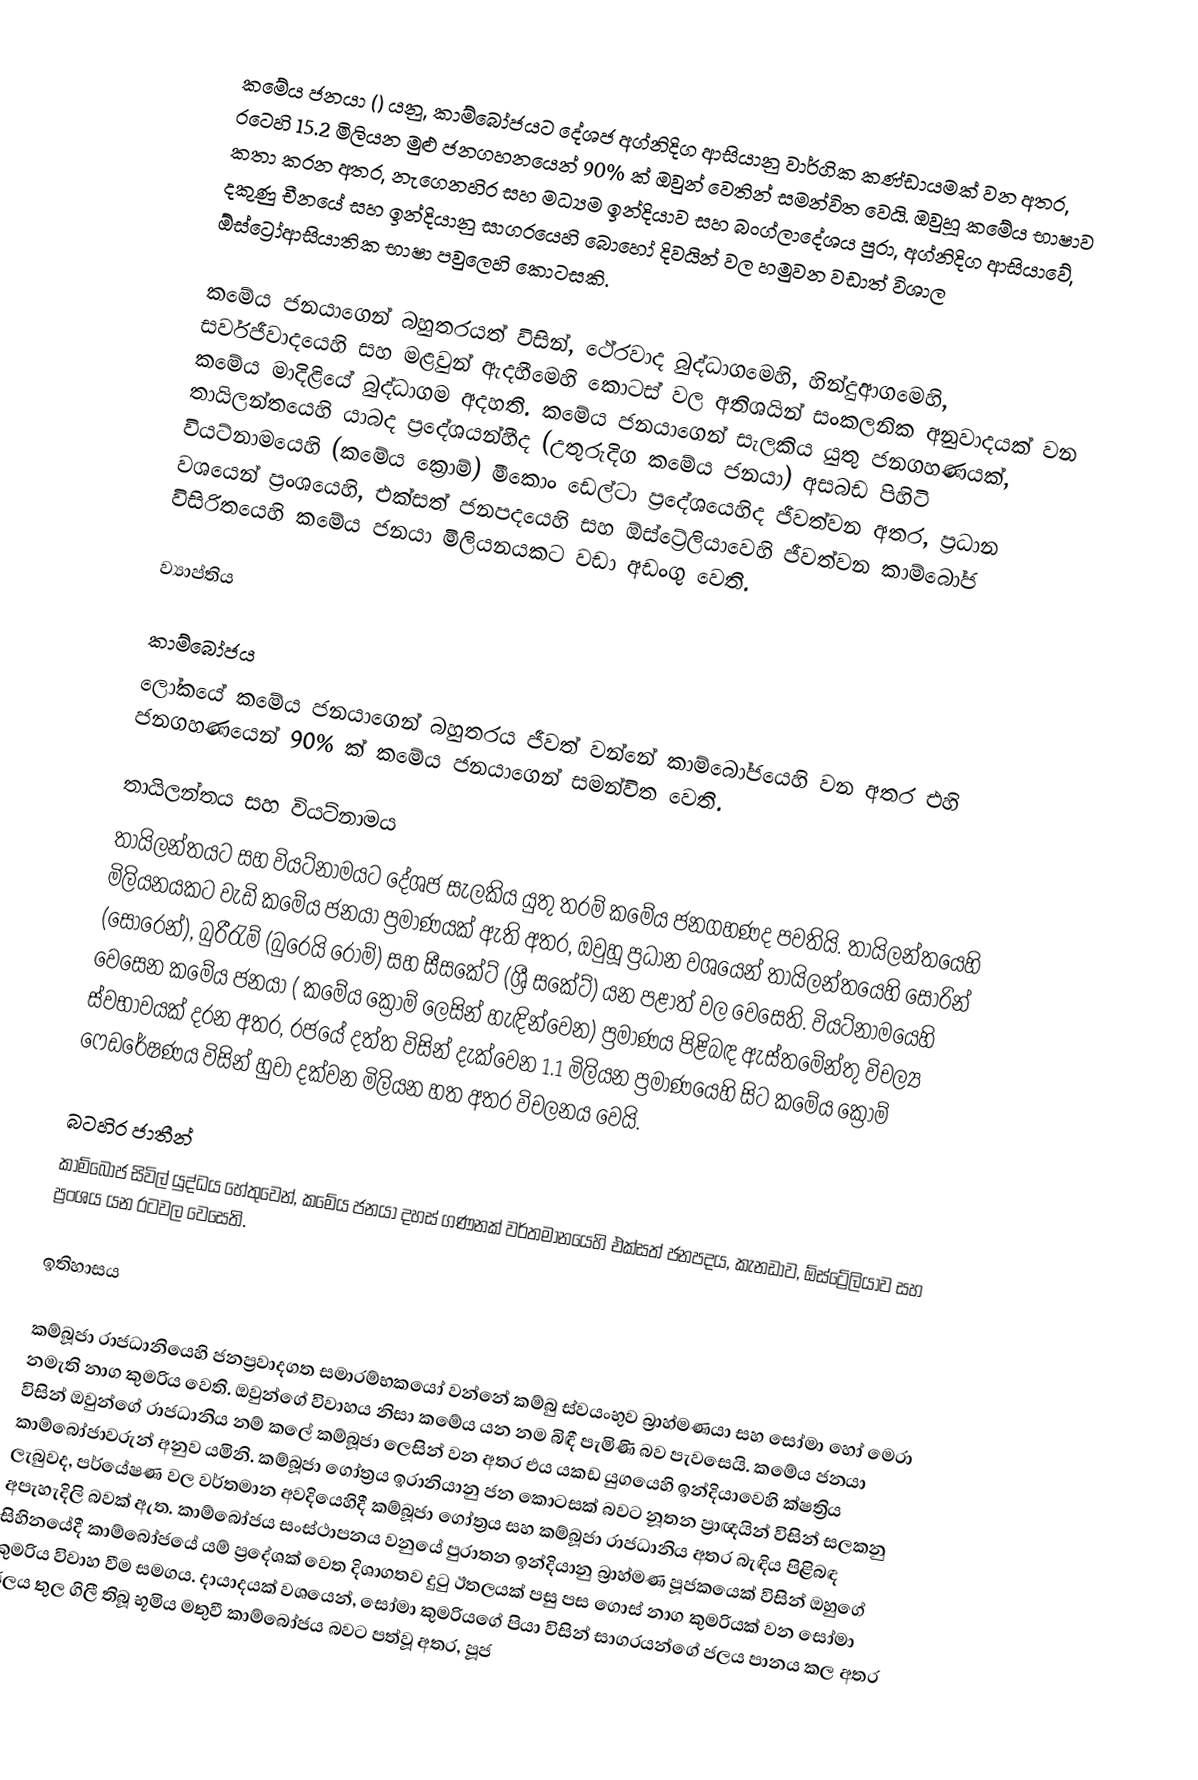
කමේය ජනයා () යනු,  කාම්බෝජයට දේශජ අග්නිදිග ආසියානු  වාර්ගික කණ්ඩායමක් වන අතර, රටෙහි 15.2 මිලියන  මුළු ජනගහනයෙන්  90% ක් ඔවුන් වෙතින් සමන්විත වෙයි. ඔවුහූ  කමේය භාෂාව කතා කරන අතර, නැගෙනහිර සහ මධ්‍යම ඉන්දියාව සහ බංග්ලාදේශය පුරා, අග්නිදිග ආසියාවේ, දකුණු චීනයේ සහ ඉන්දියානු සාගරයෙහි බොහෝ දිවයින්  වල හමුවන වඩාත් විශාල  ඕස්ට්‍රෝආසියාතික භාෂා පවුලෙහි කොටසකි.

කමේය ජනයාගෙන් බහුතරයත් විසින්, ථේරවාද බුද්ධාගමෙහි, හින්දුආගමෙහි, සර්වජීවාදයෙහි සහ මළවුන් ඇදහීමෙහි කොටස් වල අතිශයින් සංකලනික අනුවාදයක් වන කමේය මාදිළියේ බුද්ධාගම අදහති. කමේය ජනයාගෙන් සැලකිය යුතු ජනගහණයක්,  තායිලන්තයෙහි යාබද ප්‍රදේශයන්හීද (උතුරුදිග කමේය ජනයා) අසබඩ පිහිටි වියට්නාමයෙහි (කමේය ක්‍රොම්) මීකොං ඩෙල්ටා ප්‍රදේශයෙහිද  ජීවත්වන අතර, ප්‍රධාන වශයෙන්   ප්‍රංශයෙහි, එක්සත් ජනපදයෙහි සහ ඕස්ට්‍රේලියාවෙහි ජීවත්වන කාම්බෝජ විසිරිතයෙහි කමේය ජනයා මිලියනයකට වඩා අඩංගු වෙති.

ව්‍යාප්තිය

කාම්බෝජය
ලෝකයේ කමේය ජනයාගෙන් බහුතරය ජීවත් වන්නේ කාම්බෝජයෙහි වන අතර එහි ජනගහණයෙන් 90% ක් කමේය ජනයාගෙන් සමන්විත වෙති.

තායිලන්තය සහ වියට්නාමය
තායිලන්තයට සහ වියට්නාමයට දේශජ සැලකිය යුතු තරම් කමේය ජනගහණද පවතියි. තායිලන්තයෙහි මිලියනයකට වැඩි කමේය ජනයා ප්‍රමාණයක් ඇති අතර, ඔවුහූ ප්‍රධාන වශයෙන් තායිලන්තයෙහි සොරින් (සොරෙන්),  බුරීරැම් (බුරෙයි රොම්) සහ සීසකේට් (ශ්‍රී සකේට්) යන පළාත් වල වෙසෙති. වියට්නාමයෙහි වෙසෙන කමේය ජනයා ( කමේය ක්‍රොම් ලෙසින් හැඳින්වෙන) ප්‍රමාණය පිළිබඳ ඇස්තමේන්තු විචල්‍ය ස්වභාවයක් දරන අතර, රජයේ දත්ත විසින් දැක්වෙන 1.1 මිලියන ප්‍රමාණයෙහි සිට කමේය ක්‍රොම් ෆෙඩරේෂණය විසින් හුවා දක්වන මිලියන හත අතර විචලනය වෙයි.

බටහිර ජාතීන්
කාම්බෝජ සිවිල් යුද්ධය හේතුවෙන්, කමේය ජනයා දහස් ගණනක් වර්තමානයෙහි එක්සත් ජනපදය, කැනඩාව, ඕස්ට්‍රේලියාව සහ ප්‍රංශය යන රටවල වෙසෙති.

ඉතිහාසය

කම්බූජා රාජධානියෙහි ජනප්‍රවාදගත සමාරම්භකයෝ වන්නේ  කම්බු ස්වයංභුව බ්‍රාහ්මණයා සහ සෝමා හෝ මෙරා නමැති නාග කුමරිය වෙති. ඔවුන්ගේ විවාහය නිසා කමේය යන නම බිඳී පැමිණි බව පැවසෙයි. කමේය ජනයා විසින් ඔවුන්ගේ රාජධානිය නම් කලේ කම්බූජා ලෙසින් වන අතර එය  යකඩ යුගයෙහි ඉන්දියාවෙහි ක්ෂත්‍රිය කාම්බෝජාවරුන් අනුව යමිනි. කම්බූජා ගෝත්‍රය ඉරානියානු ජන කොටසක් බවට නූතන ප්‍රාඥයින් විසින් සලකනු ලැබුවද, පර්යේෂණ වල වර්තමාන අවදියෙහිදී කම්බූජා ගෝත්‍රය සහ කම්බූජා රාජධානිය අතර බැඳිය පිළිබඳ අපැහැදිලි බවක් ඇත. කාම්බෝජය සංස්ථාපනය වනුයේ පුරාතන ඉන්දියානු බ්‍රාහ්මණ පූජකයෙක් විසින්  ඔහුගේ සිහිනයේදී කාම්බෝජයේ යම් ප්‍රදේශක් වෙත දිශාගතව දුටු ඊතලයක් පසු පස ගොස් නාග කුමරියක් වන සෝමා කුමරිය විවාහ වීම සමගය. දායාදයක් වශයෙන්, සෝමා කුමරියගේ පියා විසින් සාගරයන්ගේ ජලය පානය කල අතර ජලය තුල ගිලී තිබූ භූමිය මතුවී කාම්බෝජය බවට පත්වූ අතර, පූජ